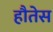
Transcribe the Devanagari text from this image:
हौतेस